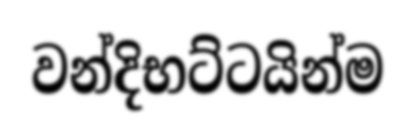
වන්දිභට්ටයින්ම